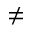
\neq